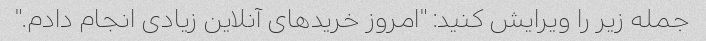
جمله زیر را ویرایش کنید: "امروز خریدهای آنلاین زیادی انجام دادم."